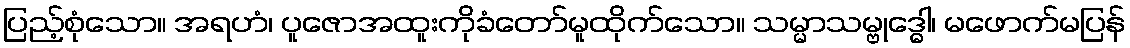
ပြည့်စုံသော။ အရဟံ၊ ပူဇောအထူးကိုခံတော်မူထိုက်သော။ သမ္မာသမ္ဗုဒ္ဓေါ၊ မဖောက်မပြန်